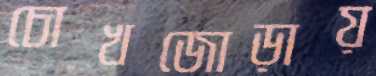
চোখজোড়ায়